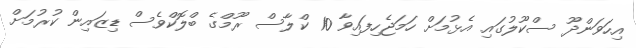
އިހަވަންދޫ ސްކޫލުގައި އެޅުމަށް ހަމަޖެހިފައިވާ 10 ކްލާސް ރޫމްގެ ބްލޮކްވެސް ޑިޒައިން ކުރުމަށް